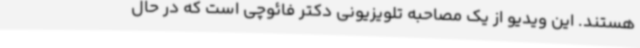
هستند. این ویدیو از یک مصاحبه تلویزیونی دکتر فائوچی است که در حال